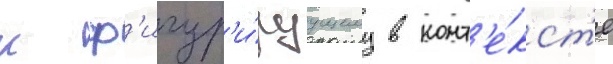
к ф'игур'и́руущему в конт'е́кст'е